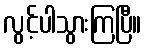
လွင့်ပါသွားကြပြီ။